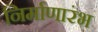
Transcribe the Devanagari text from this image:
निर्माणारंभ